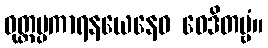
ဝုတ္တပ္ပကာရနယေနေဝ ဝေဒိတဗ္ဗံ။